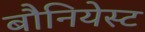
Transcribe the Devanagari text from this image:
बौनियेस्ट